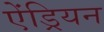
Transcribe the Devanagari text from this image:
ऐंड्रियन